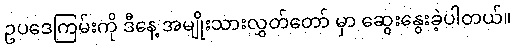
ဥပဒေကြမ်းကို ဒီနေ့ အမျိုးသားလွှတ်တော် မှာ ဆွေးနွေးခဲ့ပါတယ်။